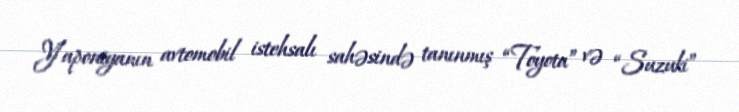
Yaponiyanın avtomobil istehsalı sahəsində tanınmış “Toyota” və “Suzuki”